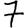
Digit: 7